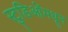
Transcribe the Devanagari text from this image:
स्टुडिओंमधून